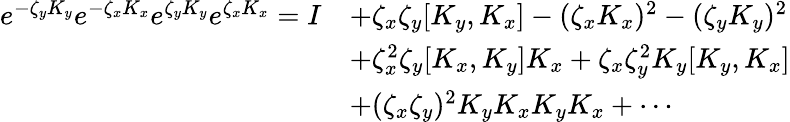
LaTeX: {\begin{array}{rl}{e^{-\zeta_{y}K_{y}}e^{-\zeta_{x}K_{x}}e^{\zeta_{y}K_{y}}e^{\zeta_{x}K_{x}}=I}&{+\zeta_{x}\zeta_{y}[K_{y},K_{x}]-(\zeta_{x}K_{x})^{2}-(\zeta_{y}K_{y})^{2}}\\ &{+\zeta_{x}^{2}\zeta_{y}[K_{x},K_{y}]K_{x}+\zeta_{x}\zeta_{y}^{2}K_{y}[K_{y},K_{x}]}\\ &{+(\zeta_{x}\zeta_{y})^{2}K_{y}K_{x}K_{y}K_{x}+\cdots}\end{array}}